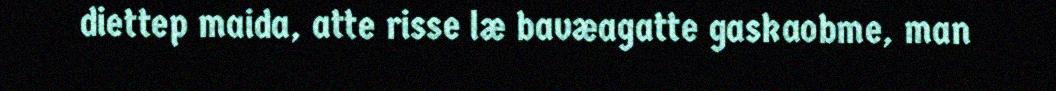
diettep maida, atte risse læ bavæagatte gaskaobme, man